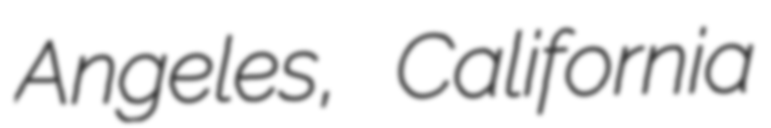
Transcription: Angeles, California